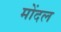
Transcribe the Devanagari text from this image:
मोंदल